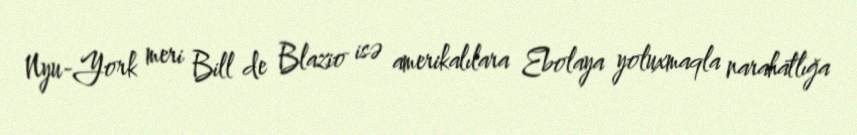
Nyu-York meri Bill de Blazio isə amerikalılara Ebolaya yoluxmaqla narahatlığa